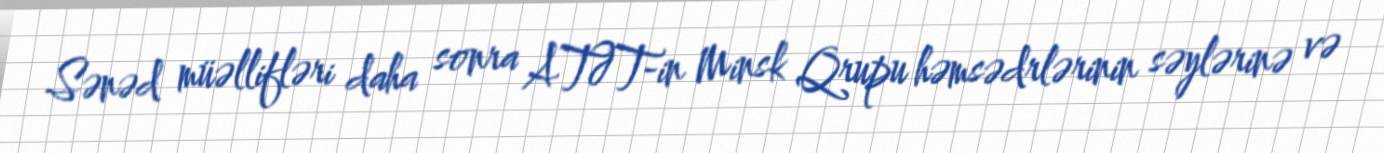
Sənəd müəllifləri daha sonra ATƏT-in Minsk Qrupu həmsədrlərinin səylərinə və